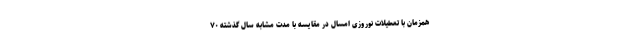
همزمان با تعطیلات نوروزی امسال در مقایسه با مدت مشابه سال گذشته ۷۰